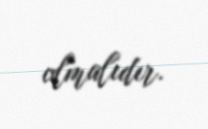
olmalıdır.